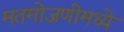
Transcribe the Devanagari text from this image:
मतमोजणीमध्ये